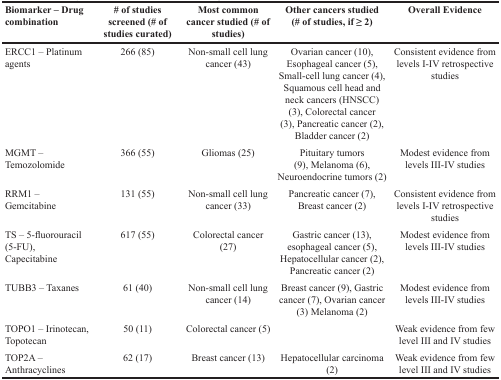
<table><thead><tr><td><b>Biomarker – Drug combination</b></td><td><b># of studies screened (# of studies curated)</b></td><td><b>Most common cancer studied (# of studies)</b></td><td><b>Other cancers studied (# of studies, if ≥ 2)</b></td><td><b>Overall Evidence</b></td></tr></thead><tbody><tr><td>ERCC1 – Platinum agents</td><td>266 (85)</td><td>Non-small cell lung cancer (43)</td><td>Ovarian cancer (10), Esophageal cancer (5), Small-cell lung cancer (4), Squamous cell head and neck cancers (HNSCC) (3), Colorectal cancer (3), Pancreatic cancer (2), Bladder cancer (2)</td><td>Consistent evidence from levels I-IV retrospective studies</td></tr><tr><td>MGMT – Temozolomide</td><td>366 (55)</td><td>Gliomas (25)</td><td>Pituitary tumors (9), Melanoma (6), Neuroendocrine tumors (2)</td><td>Modest evidence from levels III-IV studies</td></tr><tr><td>RRM1 – Gemcitabine</td><td>131 (55)</td><td>Non-small cell lung cancer (33)</td><td>Pancreatic cancer (7), Breast cancer (2)</td><td>Consistent evidence from levels I-IV retrospective studies</td></tr><tr><td>TS – 5-fluorouracil (5-FU), Capecitabine</td><td>617 (55)</td><td>Colorectal cancer (27)</td><td>Gastric cancer (13), esophageal cancer (5), Hepatocellular cancer (2), Pancreatic cancer (2)</td><td>Modest evidence from levels III-IV studies</td></tr><tr><td>TUBB3 – Taxanes</td><td>61 (40)</td><td>Non-small cell lung cancer (14)</td><td>Breast cancer (9), Gastric cancer (7), Ovarian cancer (3) Melanoma (2)</td><td>Modest evidence from levels III-IV studies</td></tr><tr><td>TOPO1 – Irinotecan, Topotecan</td><td>50 (11)</td><td>Colorectal cancer (5)</td><td>[EMPTY_CELL]</td><td>Weak evidence from few level III and IV studies</td></tr><tr><td>TOP2A – Anthracyclines</td><td>62 (17)</td><td>Breast cancer (13)</td><td>Hepatocellular carcinoma (2)</td><td>Weak evidence from few level III and IV studies</td></tr></tbody></table>